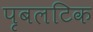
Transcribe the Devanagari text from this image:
पृबलटिक